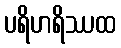
ပရိဟရိဿထ